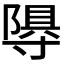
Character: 𭔽